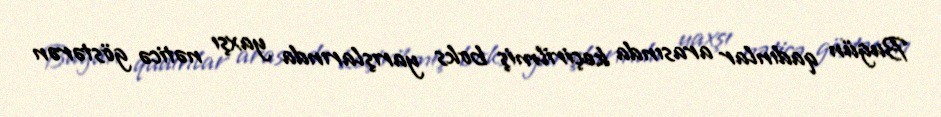
Bugün qadınlar arasında keçirilmiş boks yarışlarında yaxşı nəticə göstərən